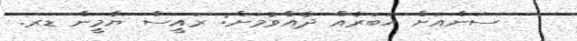
ސަންއަށް ޚަބަރެއް ދެއްވުމަށް: ރައީސް ޔާމީން ޑރ.